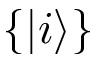
\{ | i \rangle \}